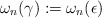
\begin{align*}\omega_n(\gamma) := \omega_n(\epsilon)\end{align*}